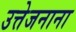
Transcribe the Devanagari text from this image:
उत्तेजनाना